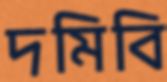
দমিবি